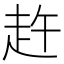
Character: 𧺴